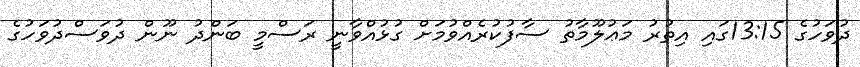
ދުވަހުގެ 13:15ގައި އިތުރު މަޢުލޫމާތު ސާފުކުރެއްވުމަށް ގުޅުއްވާނީ ރަސްމީ ބަންދު ނޫން ދުވަސްދުވަހުގެ